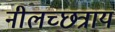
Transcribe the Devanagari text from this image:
नीलच्छत्राय